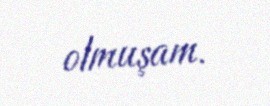
olmuşam.